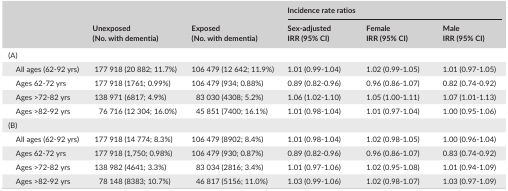
| <COLSPAN=3>  | <COLSPAN=3> Incidence rate ratios |
 |  | Unexposed (No. with dementia) | Exposed (No. with dementia) | Sex‐adjusted IRR (95% CI) | Female IRR (95% CI) | Male IRR (95% CI) |
 | --- | --- | --- | --- | --- | --- |
 | <COLSPAN=6> (A) |
 | All ages (62‐92 yrs) | 177 918 (20 882; 11.7%) | 106 479 (12 642; 11.9%) | 1.01 (0.99‐1.04) | 1.02 (0.99‐1.05) | 1.01 (0.97‐1.05) |
 | Ages 62‐72 yrs | 177 918 (1761; 0.99%) | 106 479 (934; 0.88%) | 0.89 (0.82‐0.96) | 0.96 (0.86‐1.07) | 0.82 (0.74‐0.92) |
 | Ages >72‐82 yrs | 138 971 (6817; 4.9%) | 83 030 (4308; 5.2%) | 1.06 (1.02‐1.10) | 1.05 (1.00‐1.11) | 1.07 (1.01‐1.13) |
 | Ages >82‐92 yrs | 76 716 (12 304; 16.0%) | 45 851 (7400; 16.1%) | 1.01 (0.98‐1.04) | 1.01 (0.97‐1.04) | 1.00 (0.95‐1.06) |
 | <COLSPAN=6> (B) |
 | All ages (62‐92 yrs) | 177 918 (14 774; 8.3%) | 106 479 (8902; 8.4%) | 1.01 (0.98‐1.04) | 1.02 (0.98‐1.05) | 1.00 (0.96‐1.04) |
 | Ages 62‐72 yrs | 177 918 (1,750; 0.98%) | 106 479 (930; 0.87%) | 0.89 (0.82‐0.96) | 0.96 (0.86‐1.07) | 0.83 (0.74‐0.92) |
 | Ages >72‐82 yrs | 138 982 (4641; 3.3%) | 83 034 (2816; 3.4%) | 1.01 (0.97‐1.06) | 1.02 (0.95‐1.08) | 1.01 (0.94‐1.09) |
 | Ages >82‐92 yrs | 78 148 (8383; 10.7%) | 46 817 (5156; 11.0%) | 1.03 (0.99‐1.06) | 1.02 (0.98‐1.07) | 1.03 (0.97‐1.09) |